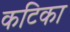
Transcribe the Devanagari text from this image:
कटिका